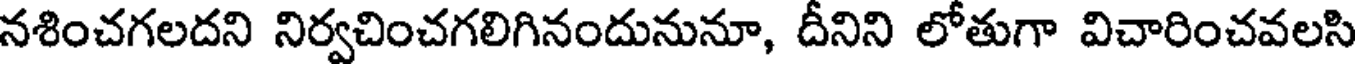
నశించగలదని నిర్వచించగలిగినందునునూ, దీనిని లోతుగా విచారించవలసి